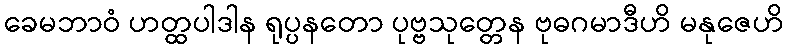
ခေမဘာဝံ ဟတ္ထပါဒါန ရုပ္ပနတော ပုဗ္ဗသုတ္တေန ဗုဓဂမာဒီဟိ မနုဇေဟိ